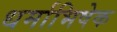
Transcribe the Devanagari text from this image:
धर्माभिषेक